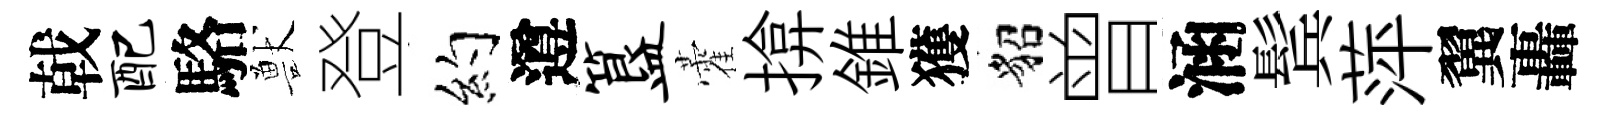
戟配駱獸登约遵簋藿揜錐獲貂曾涵鬂萍翼轟